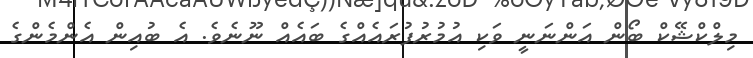
މިލްކްޝޭކް ބޯން އަންނަނީ ވަކި އުމުރުފުރައެއްގެ ބައެއް ނޫނެވެ. އެ ބުއިން އެންމެންގެ